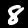
Label: 8